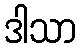
ဒါသာ